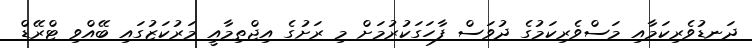
ދަނޑުވެރިކަމާއި މަސްވެރިކަމުގެ ދުވަސް ފާހަގަކުރުމަށް މި ރަށުގެ އިޖްތިމާއީ މަރުކަޒުގައި ބޭއްވި ޓްރޭޑް